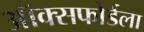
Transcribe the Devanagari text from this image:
ऑक्सफोर्डला